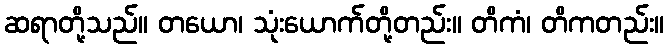
ဆရာတို့သည်။ တယော၊ သုံးယောက်တို့တည်း။ တိကံ၊ တိကတည်း။